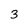
Character: 3